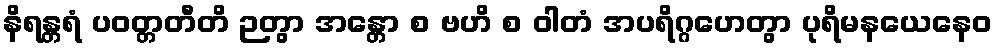
နိရန္တရံ ပဝတ္တတီတိ ဉတွာ အန္တော စ ဗဟိ စ ဝါတံ အပရိဂ္ဂဟေတွာ ပုရိမနယေနေဝ